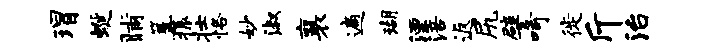
瑁蜒晡篝振壮恪妙淑襄遍瑚湮涪返尻譬呵徙斤治